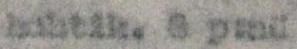
huhtik. 6 p:nä